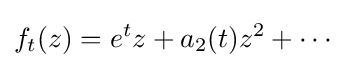
f_{t}(z)=e^{t}z+a_{2}(t)z^{2}+\cdots